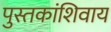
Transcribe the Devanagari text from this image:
पुस्तकांशिवाय